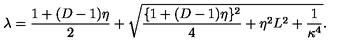
\lambda = \frac { 1 + ( D - 1 ) \eta } { 2 } + \sqrt { \frac { \{ 1 + ( D - 1 ) \eta \} ^ { 2 } } { 4 } + \eta ^ { 2 } L ^ { 2 } + \frac { 1 } { \kappa ^ { 4 } } } .